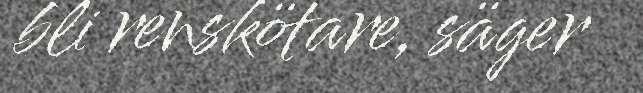
bli renskötare, säger